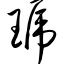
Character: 琥